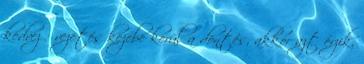
kedvező vezetés kezébe kerül a döntés, akkor azt érzik,